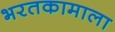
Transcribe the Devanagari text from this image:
भरतकामाला